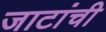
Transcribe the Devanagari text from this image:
जाटांची